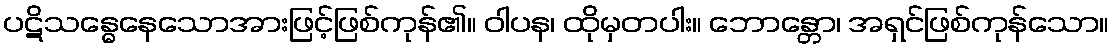
ပဋိသန္ဓေနေသောအားဖြင့်ဖြစ်ကုန်၏။ ဝါပန၊ ထိုမှတပါး။ ဘောန္တော၊ အရှင်ဖြစ်ကုန်သော။